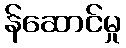
န်ဆောင်မှု